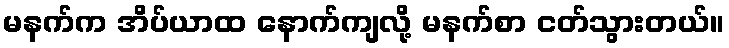
မနက်က အိပ်ယာထ နောက်ကျလို့ မနက်စာ ငတ်သွားတယ်။